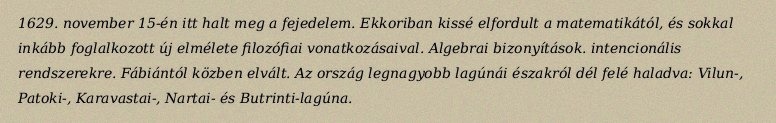
1629. november 15-én itt halt meg a fejedelem. Ekkoriban kissé elfordult a matematikától, és sokkal inkább foglalkozott új elmélete filozófiai vonatkozásaival. Algebrai bizonyítások. intencionális rendszerekre. Fábiántól közben elvált. Az ország legnagyobb lagúnái északról dél felé haladva: Vilun-, Patoki-, Karavastai-, Nartai- és Butrinti-lagúna.